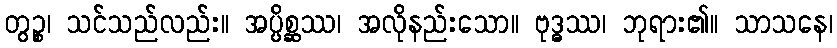
တွဉ္စ၊ သင်သည်လည်း။ အပ္ပိစ္ဆဿ၊ အလိုနည်းသော။ ဗုဒ္ဓဿ၊ ဘုရား၏။ သာသနေ၊